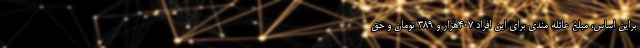
براین اساس، مبلغ عائله مندی برای این افراد ۴۰۷هزار و ۳۸۹ تومان و حق